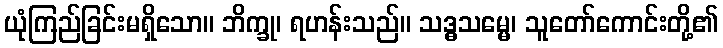
ယုံကြည်ခြင်းမရှိသော။ ဘိက္ခု၊ ရဟန်းသည်။ သဒ္ဓသမ္မေ၊ သူတော်ကောင်းတို့၏